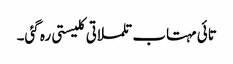
تائی مہتاب تلملاتی کلیستی رہ گئی۔